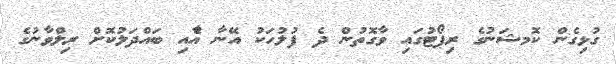
ގުޅިގެން ކޮމޝަނުގެ ރިޕޯޓުގައި ވާގޮތުން ދެ ފުލުހަަަަަކު އޭނާ އާެއި ބައްދަލުކޮށް ރިލްވާނުގެ